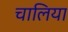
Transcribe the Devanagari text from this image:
चालिया